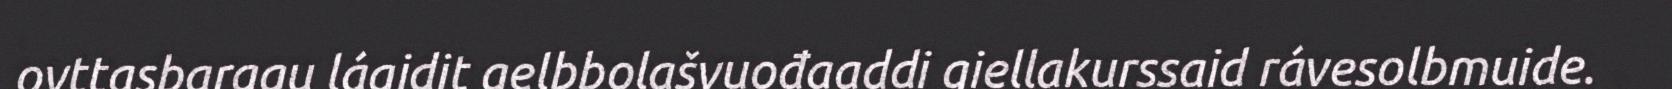
ovttasbarggu lágidit gelbbolašvuođaaddi giellakurssaid rávesolbmuide.